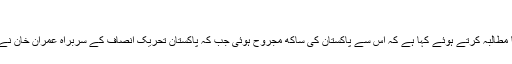
"
ادھر حزب مخالف کی سب سے بڑی جماعت پاکستان پیپلز پارٹی نے نواز شریف سے یہ بیان واپس لینے کا مطالبہ کرتے ہوئے کہا ہے کہ اس سے پاکستان کی ساکھ مجروح ہوئی جب کہ پاکستان تحریک انصاف کے سربراہ عمران خان نے نواز شریف کو بھارتی وزیراعظم نریندر موددی کی زبان بولنے والا قرار دیتے ہوئے ان پر شدید تنقید کی۔